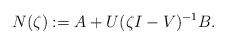
LaTeX: \begin{align*}N(\zeta):=A+U(\zeta I-V)^{-1}B.\end{align*}